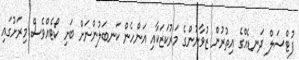
ފުޓްސަލް ދަނޑެއްގެ އިތުރުން ޒުވާނުންގެ މަރުކަޒަކާއި އަންހެން ކަނބަލުންނަށް ބަށި ކޯޓެއްވެސް މިރަށުގައި